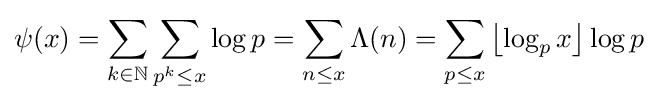
\psi (x)=\sum _{k\in \mathbb {N} }\sum _{p^{k}\leq x}\log p=\sum _{n\leq x}\Lambda (n)=\sum _{p\leq x}\left\lfloor \log _{p}x\right\rfloor \log p